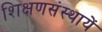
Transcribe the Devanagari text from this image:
शिक्षणसंस्थायें